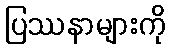
ပြဿနာများကို